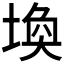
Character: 𪣷